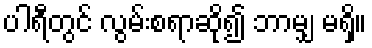
ပါရီတွင် လွမ်းစရာဆို၍ ဘာမျှ မရှိ။